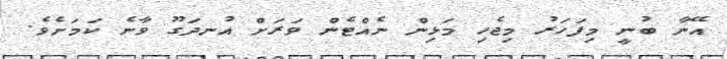
އޭނާ ބުނީ މިފަހަރު މިޖެހި މަޅިން ނެއްޓެން ވަރަށް އުނދަގޫ ވާނެ ކަމަށެވެ.